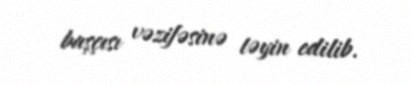
başçısı vəzifəsinə təyin edilib.